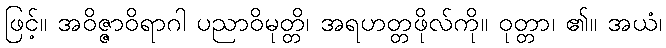
ဖြင့်။ အဝိဇ္ဇာဝိရာဂါ ပညာဝိမုတ္တိ၊ အရဟတ္တဖိုလ်ကို။ ဝုတ္တာ၊ ၏။ အယံ၊